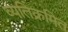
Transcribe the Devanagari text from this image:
व्यतिक्रमित